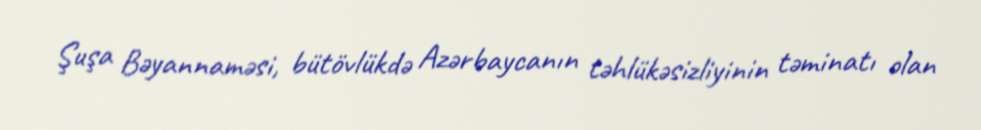
Şuşa Bəyannaməsi, bütövlükdə Azərbaycanın təhlükəsizliyinin təminatı olan